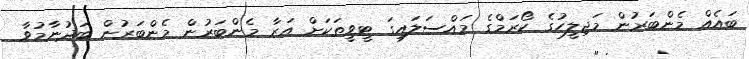
ބައެއް މެންބަރުން މަޖިލީހުގެ ކޯރަމްގެ މައްސަލައިގަ ޓީވީތަކަށް އަރާ މެންބަރުން މެންބަރުން ބަދުނާމުވާ